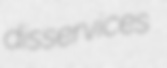
disservices